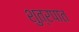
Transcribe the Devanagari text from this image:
शुत्रपात